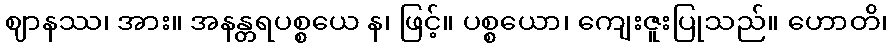
ဈာနဿ၊ အား။ အနန္တရပစ္စယေ န၊ ဖြင့်။ ပစ္စယော၊ ကျေးဇူးပြုသည်။ ဟောတိ၊